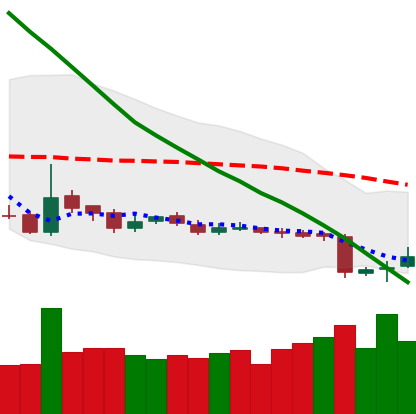
Ticker: LTC-USD
Chart end date: 2018-11-01
Forward return: 11.285%
Label: up_7plus